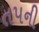
તપની